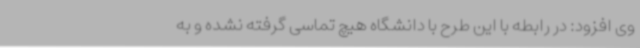
وی افزود: در رابطه با این طرح با دانشگاه هیچ تماسی گرفته نشده و به